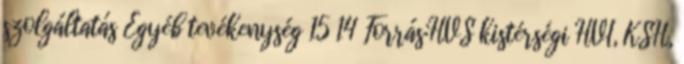
szolgáltatás Egyéb tevékenység 15 14 Forrás:HVS kistérségi HVI, KSH,